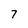
Character: 7